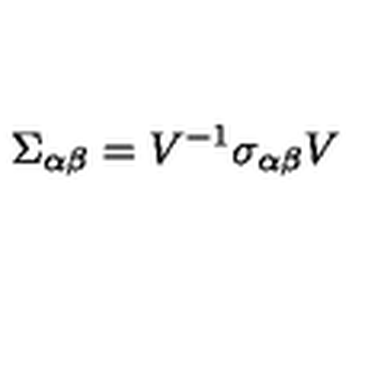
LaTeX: \Sigma _ { \alpha \beta } = V ^ { - 1 } \sigma _ { \alpha \beta } V